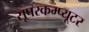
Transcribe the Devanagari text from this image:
सूपरकम्प्यूटर